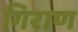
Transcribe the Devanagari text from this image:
गिराण